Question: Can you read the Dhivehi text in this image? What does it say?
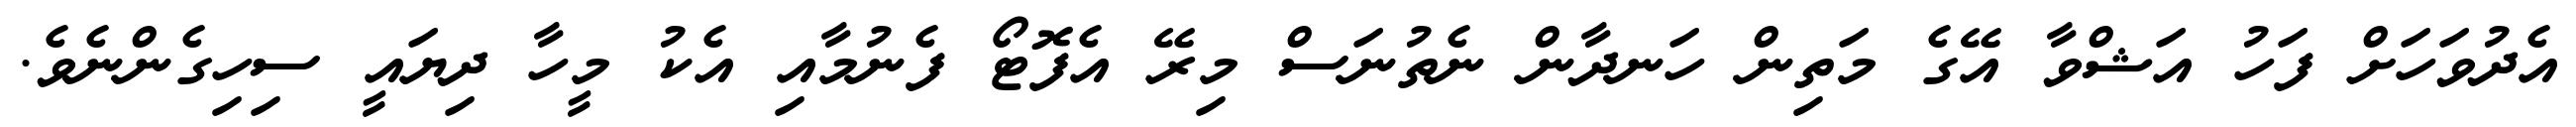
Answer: އެދުވަހަށް ފަހު އަޝްވާ އޭގެ މަތިން ހަނދާން ނެތުނަސް މިރޭ އެފޮޓޯ ފެނުމާއި އެކު މީހާ ދިޔައީ ސިހިގެންނެވެ.